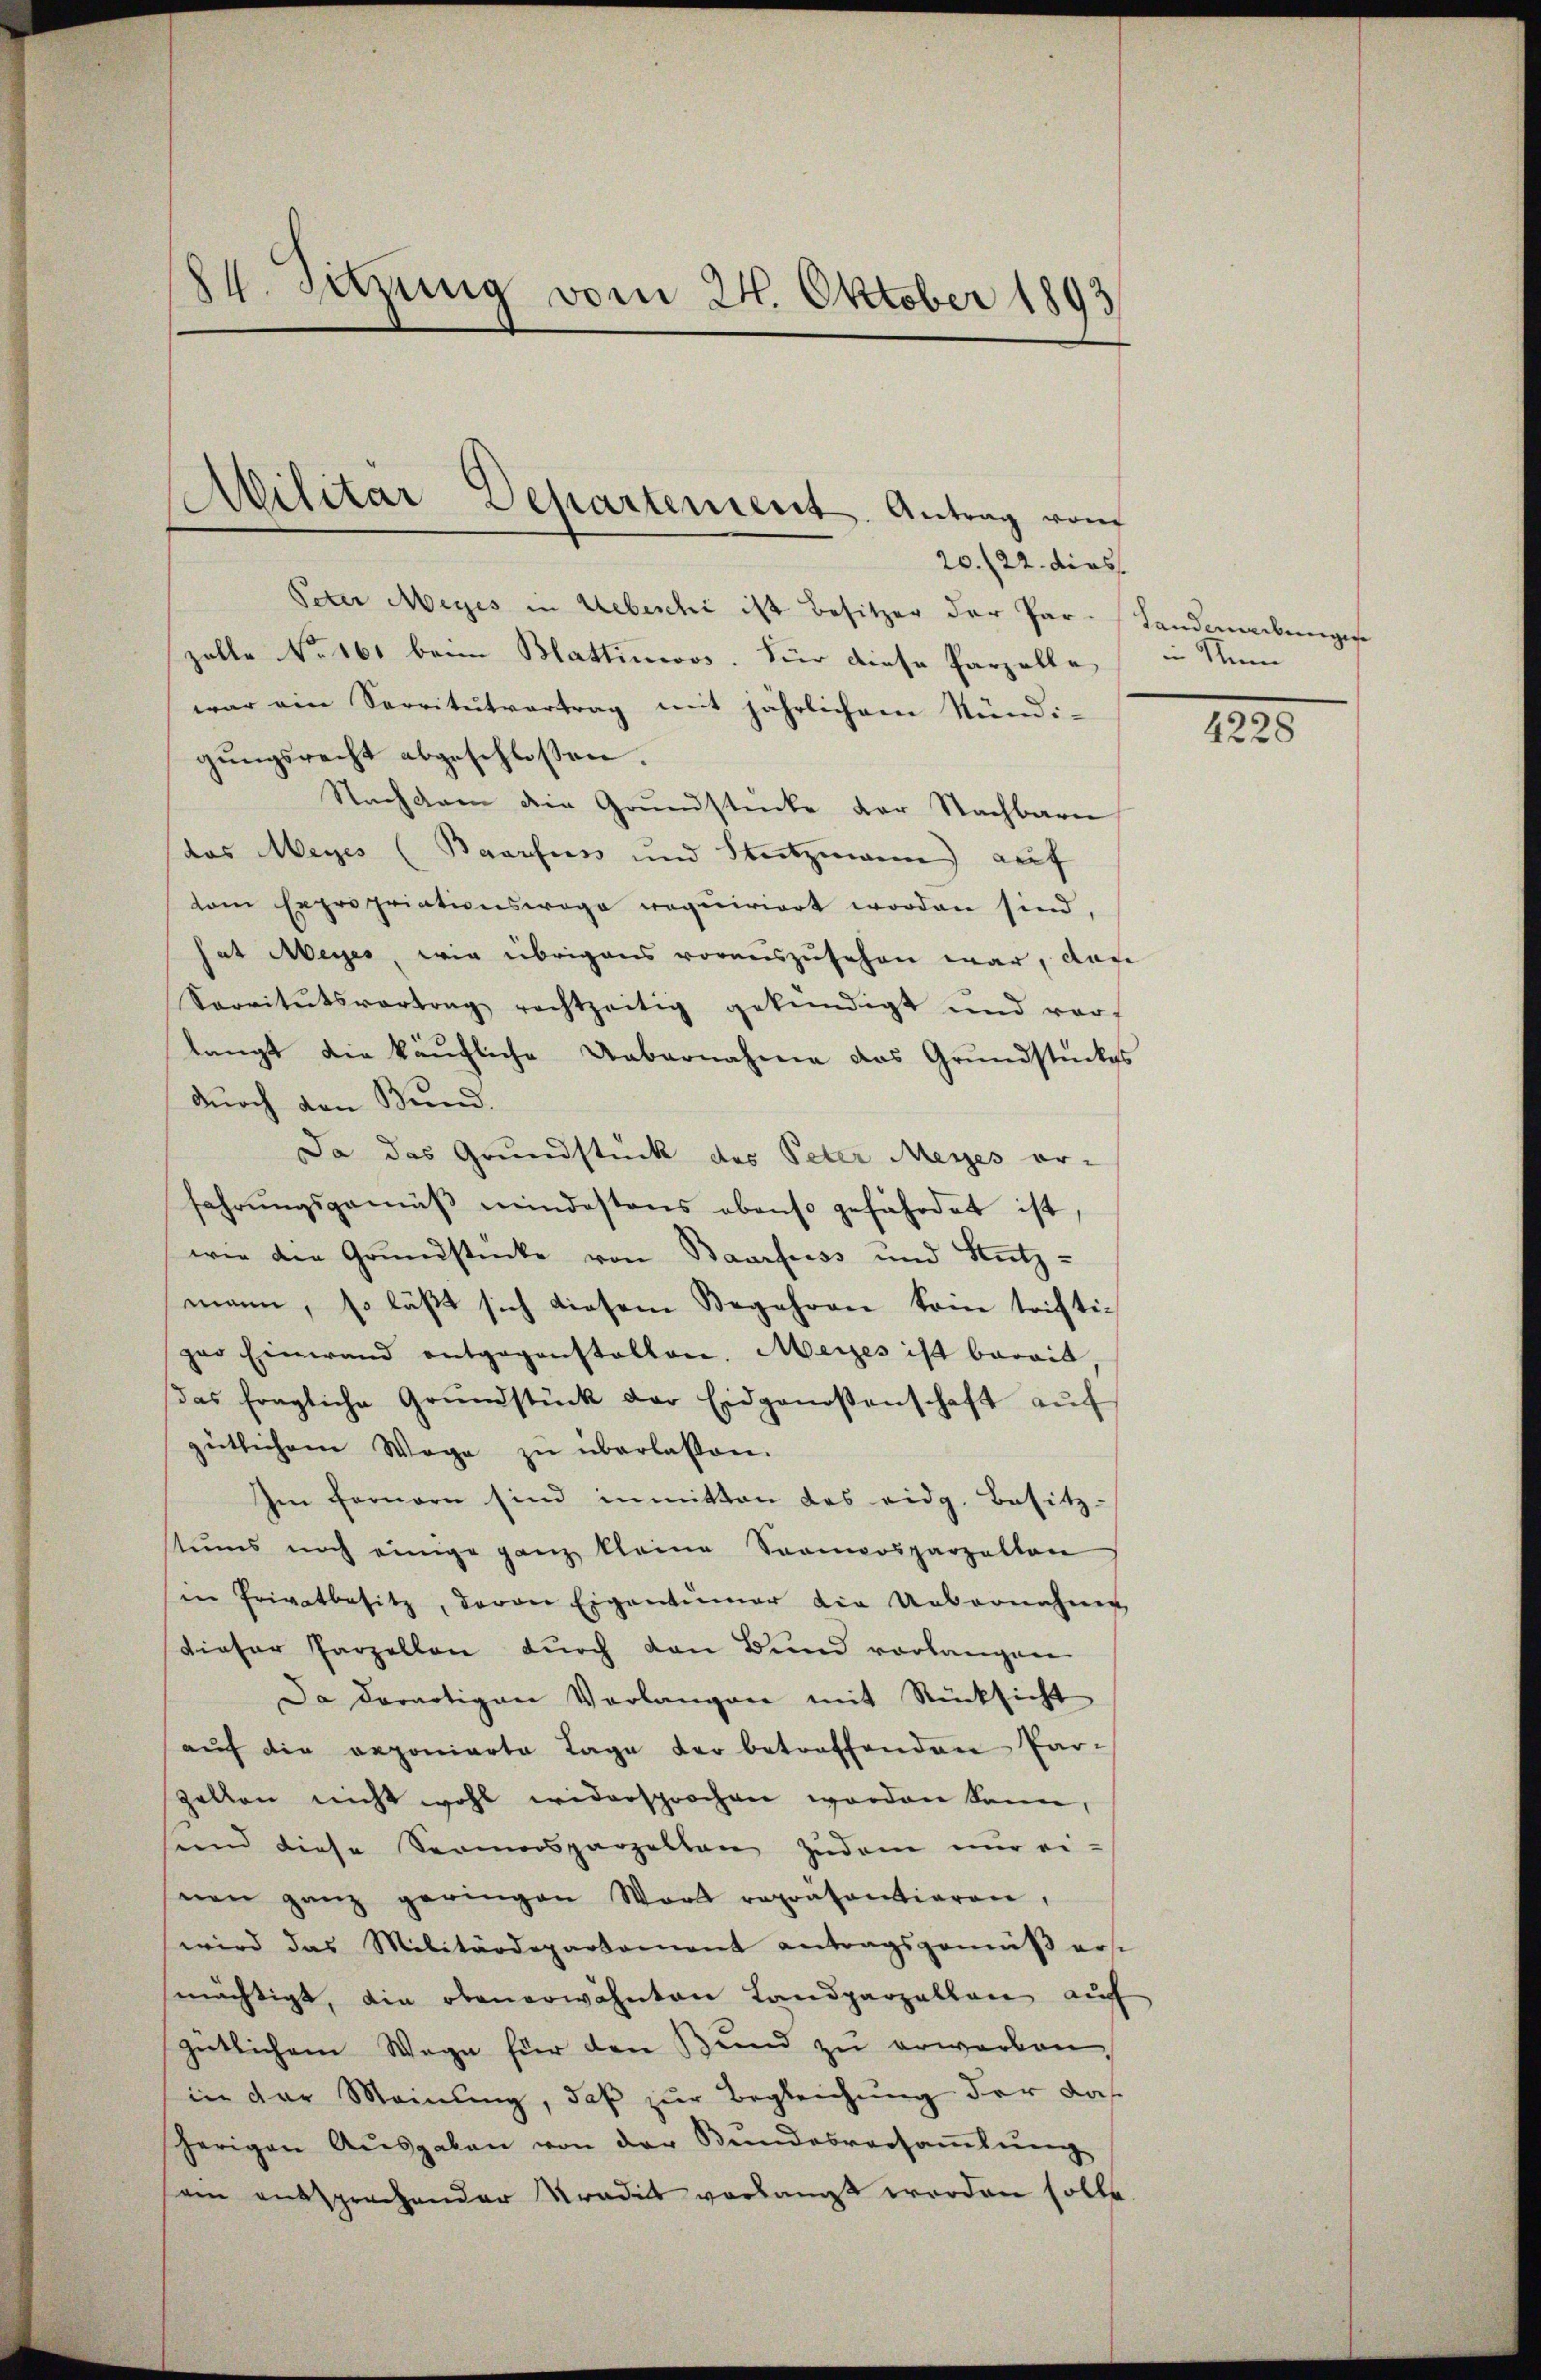
84. Sitzung vom 24. Oktober 1893

20./22. dies
Peter Meyes in Uebeschi ist Besitzer der Par-Landwerckungese
zolle No 161 beim Blattinioos. Für diese Parzelle
war ein Servitŭtvertrag mit jährlichem Stündi-
gungsrecht abgeschlossen.
Nachsam die Grŭndstücke der Nachbaren
(das Meyes (Baarfuss und Nutzmann) auf
tem Expropriationswoga requiriert worden sind,
hat Meyer, wie übrigens vorauszusehen war, daß
Servitŭtsvortrag rechtzeitig gekündigt und vor-
langt die käufliche Uebernahme das Grundstückes
durch den Bund.
Da das Grundstück des Peter Meyes er-
fahrŭngsgemäβ mindestens ebenso gefährdet ist,
wie den Grundstücke von Baarfuss und Nutz-
mann, so läßt sich diesem Begehren kein triftipar Einwand entgegenstalten. Meises ist barait
das fragliche Grŭndstück der Eidgenossenschaft aŭf
gütlichem Wege zŭ überlassen.
Im Fernern sind inmitten des eidg. Besitz-
tums noch einige ganz kleine Samoosparzelten
in Privatbesitz, davon Eigentümer die Uebernahme
dieser Parzellen durch den Bund vorlangen
Da derartigen Verlangen mit Rücksicht
auf die reponierte Tage der betreffenden Par¬
Zellen nicht wohl widersprochen worden kann,
sind diese Sermorsparzelten zudem nur ei-
nen ganz geringen Wort repräsentieren,
wird das Militärdepartament antragsgemäβ erst
mächtigt, die obenerwähnten Landparzellen auf
gütlichem Wege für den Bund zu erwerben,
in der Meinung, daß zur Begleichung der das
herigen Ausgaben von der Bundesversamlung
ein entsprechender Tradit verlangt worden solle.

Militar Departement. Antrag von

in Num

4228